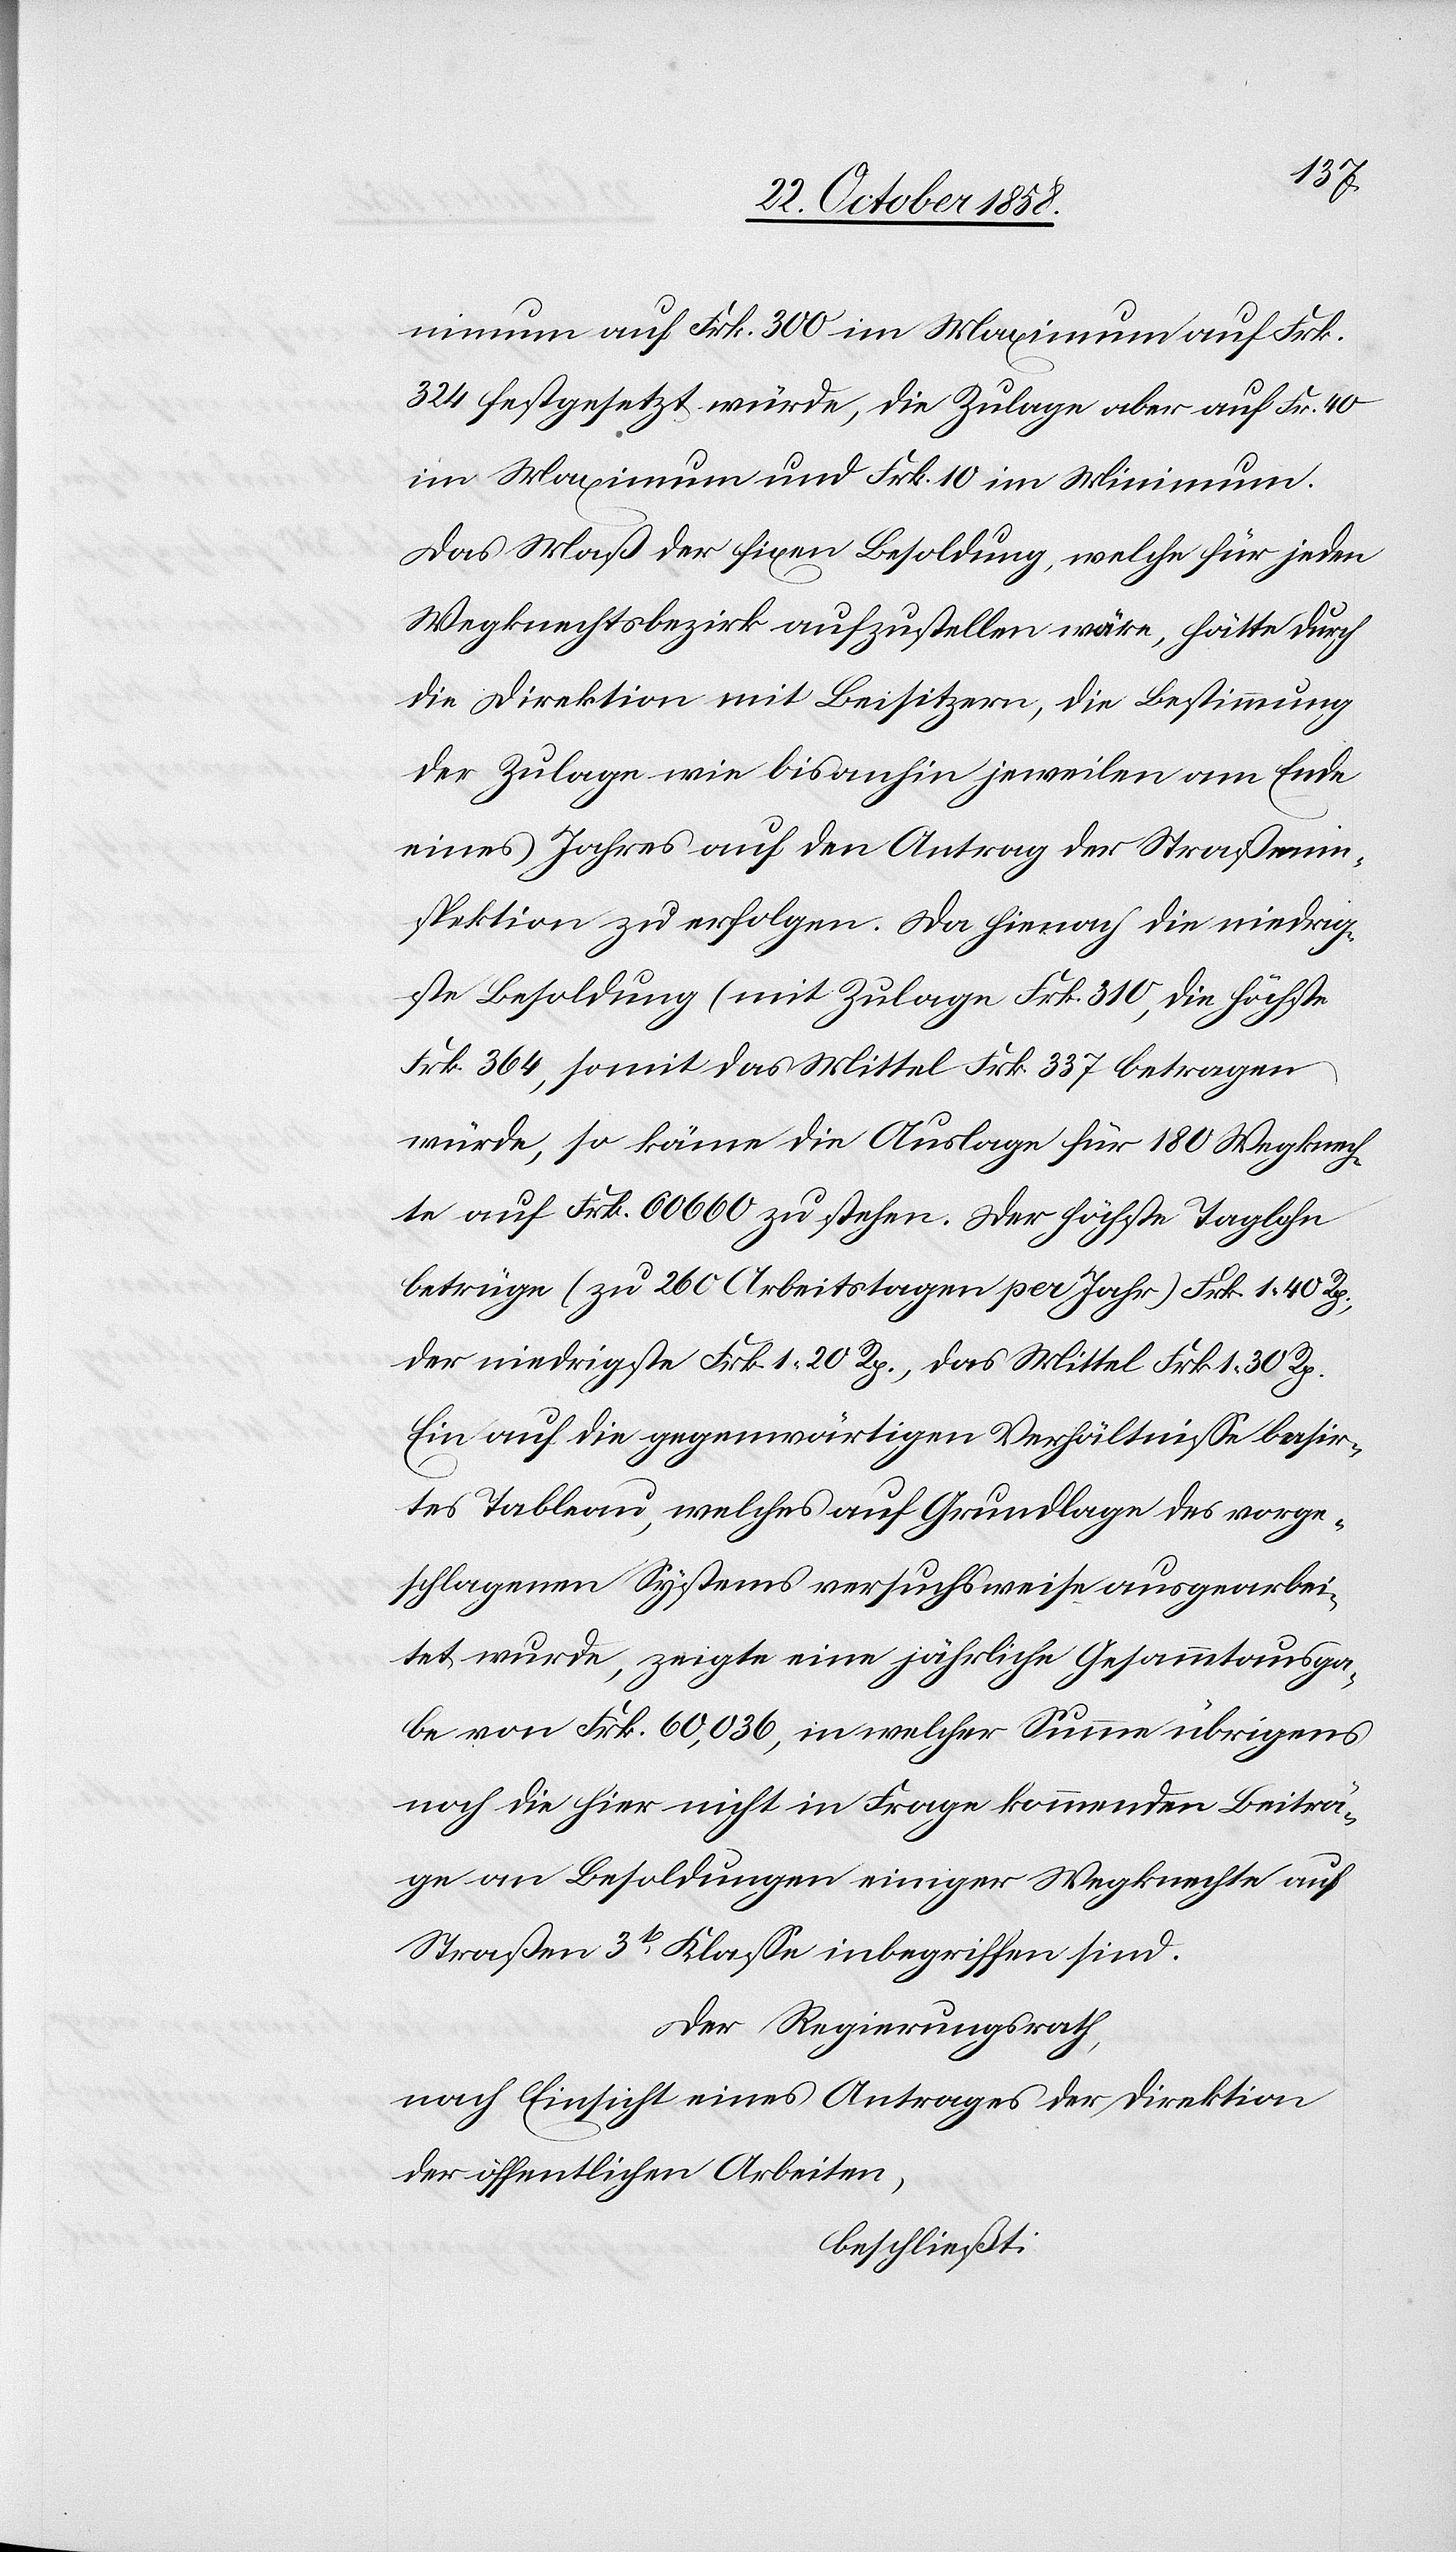
nimum auf Frk. 300 im Maximum auf Frk.
324 festgesetzt würde, die Zulage aber auf Fr. 40
im Maximum und Frk. 10 im Minimum.
Das Maß der fixen Besoldung, welche für jeden
Wegknechtsbezirk aufzustellen wäre, hätte durch
die Direktion mit Beisitzern, die Bestimmung
der Zulage wie bisanhin jeweilen am Ende
eines Jahres auf den Antrag der Straßenin¬
spektion zu erfolgen. Da hienach die niedrig¬
ste Besoldung (mit Zulage[)] Frk. 310, die höchste
Frk. 364, somit das Mittel Frk. 337 betragen
würde, so käme die Auslage für 180 Wegknech¬
te auf Frk. 60 660 zu stehen. Der höchste Taglohn
betrüge (zu 260 Arbeitstagen per Jahr) Frk. 1 40 Rp.,
der niedrigste Frk. 1 20 Rp., das Mittel Frk. 1 30 Rp.
Ein auf die gegenwärtigen Verhältnisse basir¬
tes Tableau, welches auf Grundlage des vorge¬
schlagenen Systems versuchsweise ausgearbei¬
tet wurde, zeigte eine jährliche Geammtausga¬
be von Frk. 60,036, in welcher Summe übrigens
noch die hier nicht in Frage kommenden Beiträ¬
ge an Besoldungen einiger Wegknechte auf
Straßen 3t Klasse inbegriffen sind.
Der Regierungsrath,
nach Einsicht eines Antrages der Direktion
der öffentlichen Arbeiten,
beschließt: